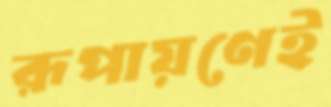
রূপায়ণেই